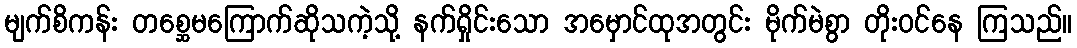
မျက်စိကန်း တစ္ဆေမကြောက်ဆိုသကဲ့သို့ နက်ရှိုင်းသော အမှောင်ထုအတွင်း မိုက်မဲစွာ တိုးဝင်နေ ကြသည်။